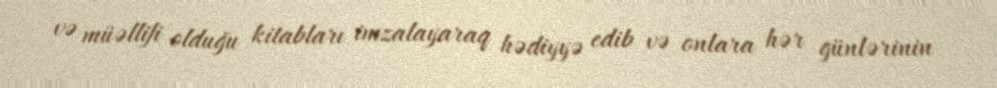
və müəllifi olduğu kitabları imzalayaraq hədiyyə edib və onlara hər günlərinin